Rangoon Lunatic Asylum 1878-1892 - 1878-1892
Year: 1878
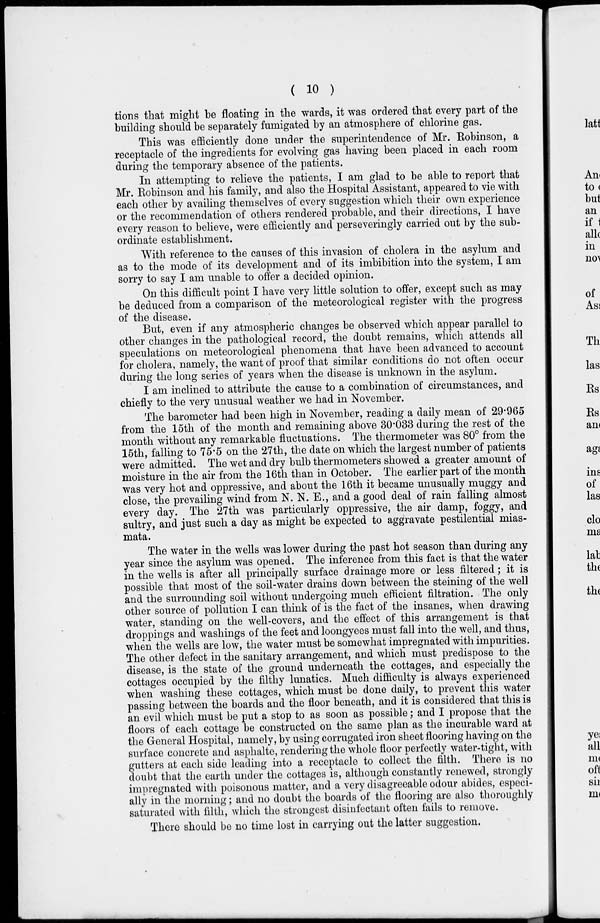
( 10 )
tions that might be floating in the wards, it was ordered that every part of the
building should be separately fumigated by an atmosphere of chlorine gas.
This was efficiently done under the superintendence of Mr. Robinson, a
receptacle of the ingredients for evolving gas having been placed in each room
during the temporary absence of the patients.
In attempting to relieve the patients, I am glad to be able to report that
Mr. Robinson and his family, and also the Hospital Assistant, appeared to vie with
each other by availing themselves of every suggestion which their own experience
or the recommendation of others rendered probable, and their directions, I have
every reason to believe, were efficiently and perseveringly carried out by the sub-
ordinate establishment.
With reference to the causes of this invasion of cholera in the asylum and
as to the mode of its development and of its imbibition into the system, I am
sorry to say I am unable to offer a decided opinion.
On this difficult point I have very little solution to offer, except such as may
be deduced from a comparison of the meteorological register with the progress
of the disease.
But, even if any atmospheric changes be observed which appear parallel to
other changes in the pathological record, the doubt remains, which attends all
speculations on meteorological phenomena that have been advanced to account
for cholera, namely, the want of proof that similar conditions do not often occur
during the long series of years when the disease is unknown in the asylum.
I am inclined to attribute the cause to a combination of circumstances, and
chiefly to the very unusual weather we had in November.
The barometer had been high in November, reading a daily mean of 29.965
from the 15th of the month and remaining above 30.033 during the rest of the
month without any remarkable fluctuations. The thermometer was 80° from the
15th, falling to 75.5 on the 27th, the date on which the largest number of patients
were admitted. The wet and dry bulb thermometers showed a greater amount of
moisture in the air from the 16th than in October. The earlier part of the month
was very hot and oppressive, and about the 16th it became unusually muggy and
close, the prevailing wind from N. N. E., and a good deal of rain falling almost
every day. The 27th was particularly oppressive, the air damp, foggy, and
sultry, and just such a day as might be expected to aggravate pestilential mias-
mata.
The water in the wells was lower during the past hot season than during any
year since the asylum was opened. The inference from this fact is that the water
in the wells is after all principally surface drainage more or less filtered; it is
possible that most of the soil-water drains down between the steining of the well
and the surrounding soil without undergoing much efficient filtration. The only
other source of pollution I can think of is the fact of the insanes, when drawing
water, standing on the well-covers, and the effect of this arrangement is that
droppings and washings of the feet and loongyees must fall into the well, and thus,
when the wells are low, the water must be somewhat impregnated with impurities.
The other defect in the sanitary arrangement, and which must predispose to the
disease, is the state of the ground underneath the cottages, and especially the
cottages occupied by the filthy lunatics. Much difficulty is always experienced
when washing these cottages, which must be done daily, to prevent this water
passing between the boards and the floor beneath, and it is considered that this is
an evil which must be put a stop to as soon as possible; and I propose that the
floors of each cottage be constructed on the same plan as the incurable ward at
the General Hospital, namely, by using corrugated iron sheet flooring having on the
surface concrete and asphalte, rendering the whole floor perfectly water-tight, with
gutters at each side leading into a receptacle to collect the filth. There is no
doubt that the earth under the cottages is, although constantly renewed, strongly
impregnated with poisonous matter, and a very disagreeable odour abides, especi-
ally in the morning; and no doubt the boards of the flooring are also thoroughly
saturated with filth, which the strongest disinfectant often fails to remove.
There should be no time lost in carrying out the latter suggestion.